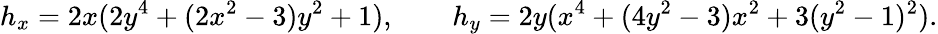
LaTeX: h_{x}=2x(2y^{4}+(2x^{2}-3)y^{2}+1),\qquad h_{y}=2y(x^{4}+(4y^{2}-3)x^{2}+3(y^{2}-1)^{2}).